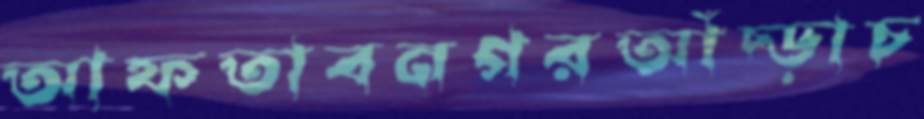
আফতাবনগরআঁচ্‌ড়াচ